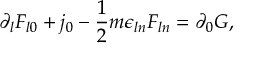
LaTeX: \partial _ { l } F _ { l 0 } + j _ { 0 } - \frac { 1 } { 2 } m \epsilon _ { l n } F _ { l n } = \partial _ { 0 } G ,